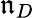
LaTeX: \mathfrak{n}_{D}